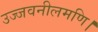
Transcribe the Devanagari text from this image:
उज्जवनीलमणि।